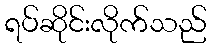
ရပ်ဆိုင်းလိုက်သည်